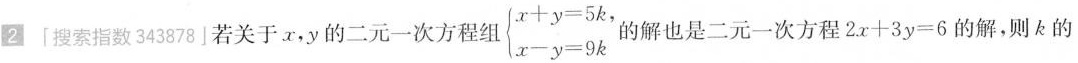
2「搜索指数343878」若关于x，y的二元一次方程组$$\begin{cases}